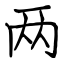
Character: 两